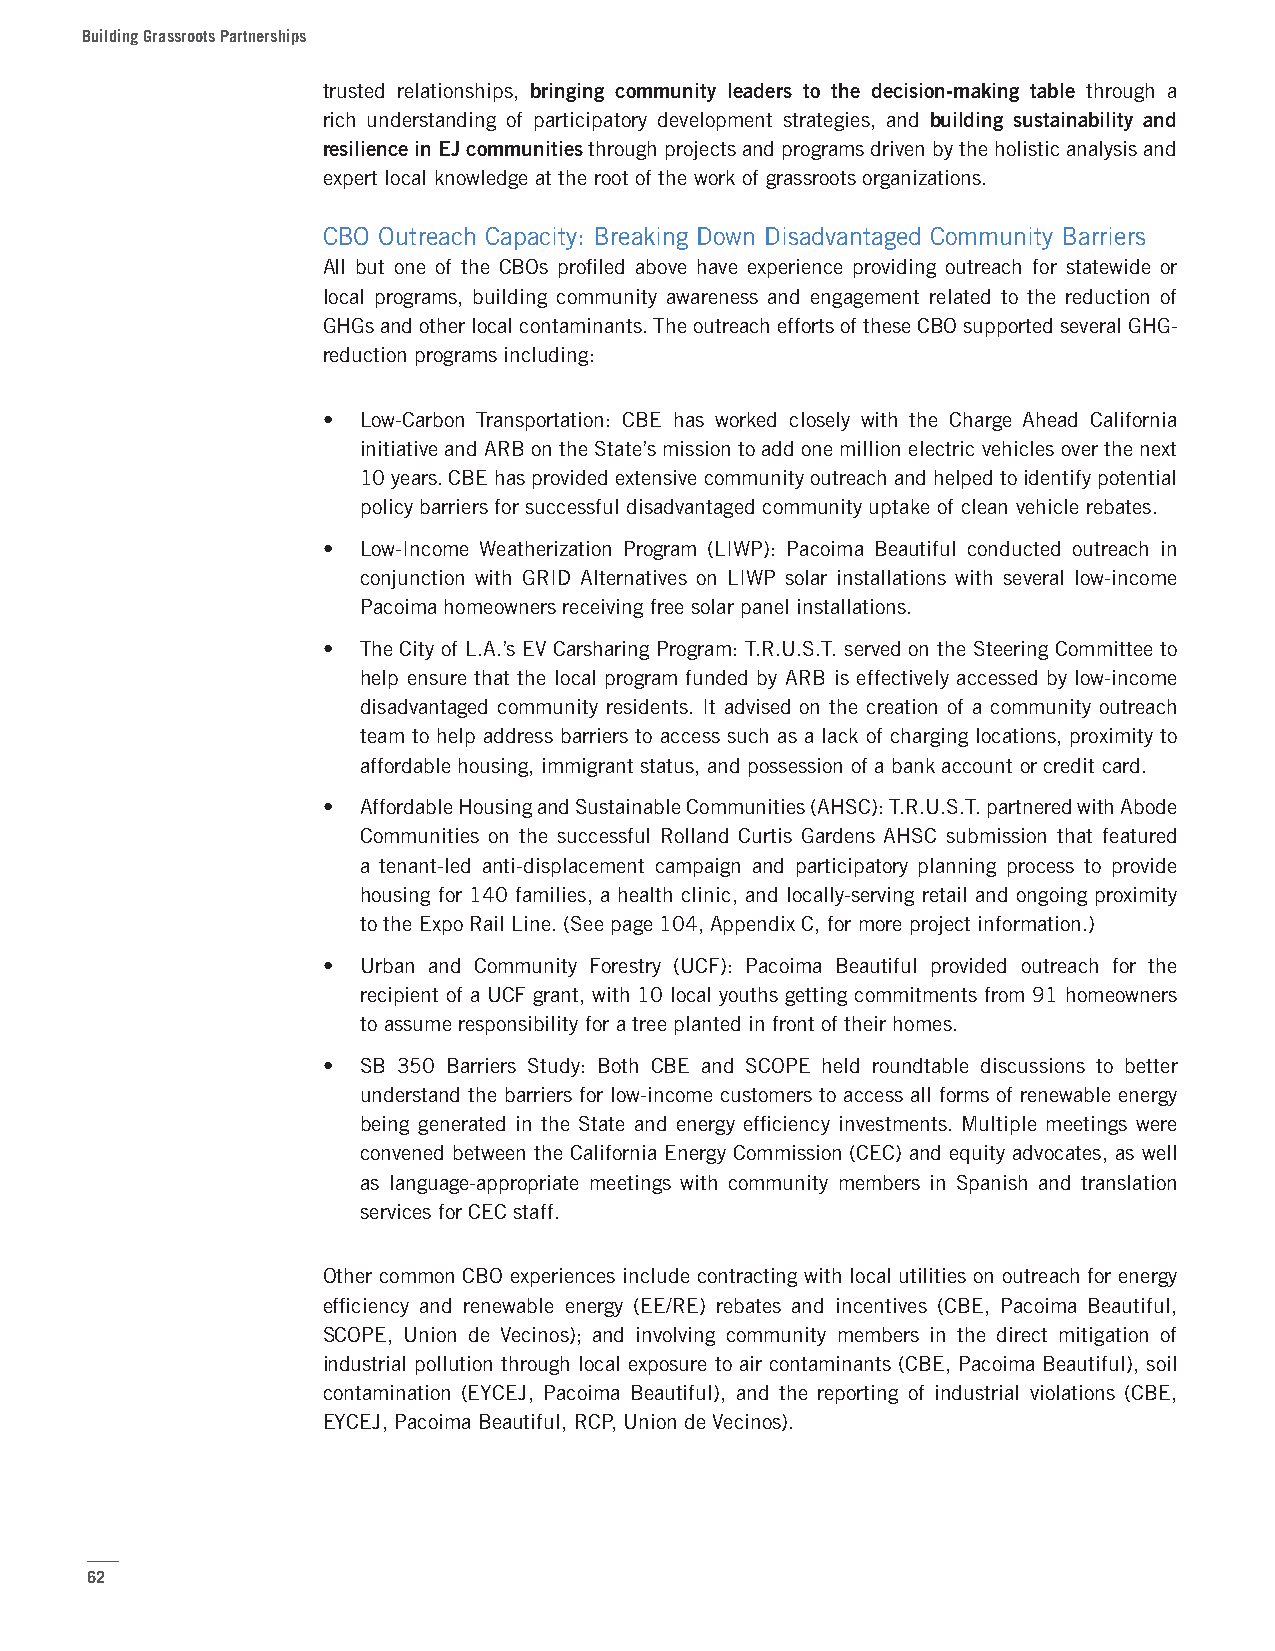
Building Grassroots Partnerships
 trusted relationships, bringing community leaders to the decision-making table through a
 rich understanding of participatory development strategies, and building sustainability and
 resilience in EJ communities through projects and programs driven by the holistic analysis and
 expert local knowledge at the root of the work of grassroots organizations.
 CBO Outreach Capacity: Breaking Down Disadvantaged Community Barriers
 All but one of the CBOs profiled above have experience providing outreach for statewide or
 local programs, building community awareness and engagement related to the reduction of
 GHGs and other local contaminants. The outreach efforts of these CBO supported several GHG-
 reduction programs including:
 •  Low-Carbon Transportation: CBE has worked closely with the Charge Ahead California
 initiative and ARB on the State’s mission to add one million electric vehicles over the next
 10 years. CBE has provided extensive community outreach and helped to identify potential
 policy barriers for successful disadvantaged community uptake of clean vehicle rebates.
 •  Low-Income Weatherization Program (LIWP): Pacoima Beautiful conducted outreach in
 conjunction with GRID Alternatives on LIWP solar installations with several low-income
 Pacoima homeowners receiving free solar panel installations.
 •  The City of L.A.’s EV Carsharing Program: T.R.U.S.T. served on the Steering Committee to
 help ensure that the local program funded by ARB is effectively accessed by low-income
 disadvantaged community residents. It advised on the creation of a community outreach
 team to help address barriers to access such as a lack of charging locations, proximity to
 affordable housing, immigrant status, and possession of a bank account or credit card.
 •  Affordable Housing and Sustainable Communities (AHSC): T.R.U.S.T. partnered with Abode
 Communities on the successful Rolland Curtis Gardens AHSC submission that featured
 a tenant-led anti-displacement campaign and participatory planning process to provide
 housing for 140 families, a health clinic, and locally-serving retail and ongoing proximity
 to the Expo Rail Line. (See page 104, Appendix C, for more project information.)
 •  Urban and Community Forestry (UCF): Pacoima Beautiful provided outreach for the
 recipient of a UCF grant, with 10 local youths getting commitments from 91 homeowners
 to assume responsibility for a tree planted in front of their homes.
 •  SB 350 Barriers Study: Both CBE and SCOPE held roundtable discussions to better
 understand the barriers for low-income customers to access all forms of renewable energy
 being generated in the State and energy efficiency investments. Multiple meetings were
 convened between the California Energy Commission (CEC) and equity advocates, as well
 as language-appropriate meetings with community members in Spanish and translation
 services for CEC staff.
 Other common CBO experiences include contracting with local utilities on outreach for energy
 efficiency and renewable energy (EE/RE) rebates and incentives (CBE, Pacoima Beautiful,
 SCOPE, Union de Vecinos); and involving community members in the direct mitigation of
 industrial pollution through local exposure to air contaminants (CBE, Pacoima Beautiful), soil
 contamination (EYCEJ, Pacoima Beautiful), and the reporting of industrial violations (CBE,
 EYCEJ, Pacoima Beautiful, RCP, Union de Vecinos).
 62